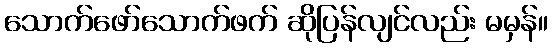
သောက်ဖော်သောက်ဖက် ဆိုပြန်လျင်လည်း မမှန်။